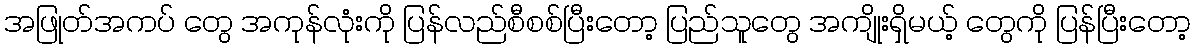
အဖြုတ်အကပ် တွေ အကုန်လုံးကို ပြန်လည်စီစစ်ပြီးတော့ ပြည်သူတွေ အကျိုးရှိမယ့် တွေကို ပြန်ပြီးတော့